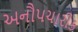
અનૌપચારીક